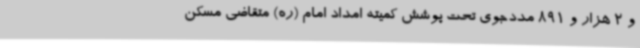
و 2 هزار و 891 مددجوی تحت پوشش کمیته امداد امام (ره) متقاضی مسکن